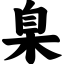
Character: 臬